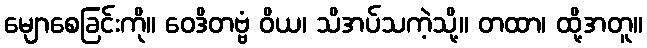
မျောစေခြင်းကို။ ဝေဒိတဗ္ဗံ ဝိယ၊ သိအပ်သကဲ့သို့။ တထာ၊ ထို့အတူ။